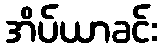
အိပ်ယာခင်း